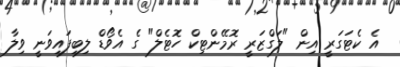
އެ ކެޓަގަރީ އިން "ލަގްޒަރީ ރޮމޭންޓިކް ހޮޓެލް" ގެ އެވޯޑް ލިބިފައިވަނީ ވިލާ